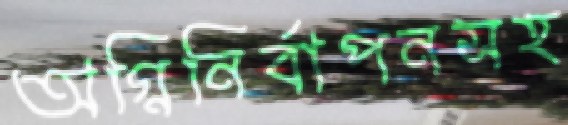
অগ্নিনির্বাপনসহ